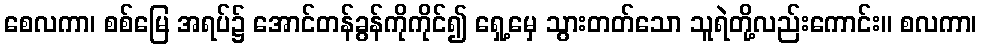
စေလကာ၊ စစ်မြေ အရပ်၌ အောင်တန်ခွန်ကိုကိုင်၍ ရှေ့မှေ သွားတတ်သော သူရဲတို့လည်းကောင်း။ စလကာ၊